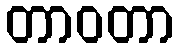
တာဝတာ